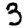
Digit: 3